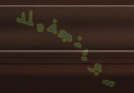
سبرينجفيلد